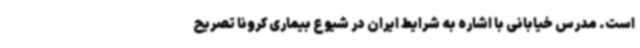
است. مدرس خیابانی با اشاره به شرایط ایران در شیوع بیماری کرونا تصریح